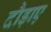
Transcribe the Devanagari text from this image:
दौड़ाए